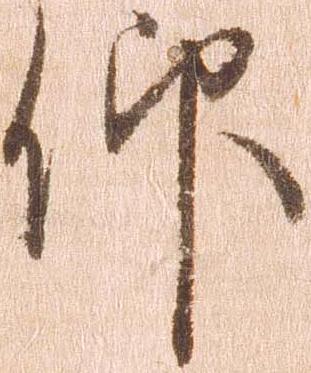
仰